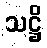
သဋ္ဌိ